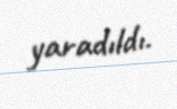
yaradıldı.